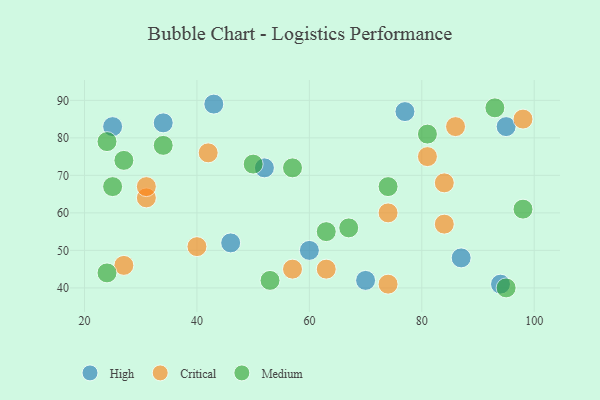
{"axis": {"x": "GDP", "y": "Life Expectancy"}, "legend": ["Critical", "High", "Medium"], "data": [{"x": "87", "y": 48, "type": "High"}, {"x": "52", "y": 72, "type": "High"}, {"x": "25", "y": 83, "type": "High"}, {"x": "46", "y": 52, "type": "High"}, {"x": "77", "y": 87, "type": "High"}, {"x": "94", "y": 41, "type": "High"}, {"x": "43", "y": 89, "type": "High"}, {"x": "60", "y": 50, "type": "High"}, {"x": "70", "y": 42, "type": "High"}, {"x": "95", "y": 83, "type": "High"}, {"x": "34", "y": 84, "type": "High"}, {"x": "74", "y": 41, "type": "Critical"}, {"x": "31", "y": 64, "type": "Critical"}, {"x": "74", "y": 60, "type": "Critical"}, {"x": "81", "y": 75, "type": "Critical"}, {"x": "42", "y": 76, "type": "Critical"}, {"x": "57", "y": 45, "type": "Critical"}, {"x": "31", "y": 67, "type": "Critical"}, {"x": "63", "y": 45, "type": "Critical"}, {"x": "27", "y": 46, "type": "Critical"}, {"x": "84", "y": 57, "type": "Critical"}, {"x": "84", "y": 68, "type": "Critical"}, {"x": "40", "y": 51, "type": "Critical"}, {"x": "86", "y": 83, "type": "Critical"}, {"x": "98", "y": 85, "type": "Critical"}, {"x": "27", "y": 74, "type": "Medium"}, {"x": "74", "y": 67, "type": "Medium"}, {"x": "81", "y": 81, "type": "Medium"}, {"x": "53", "y": 42, "type": "Medium"}, {"x": "25", "y": 67, "type": "Medium"}, {"x": "24", "y": 44, "type": "Medium"}, {"x": "24", "y": 79, "type": "Medium"}, {"x": "98", "y": 61, "type": "Medium"}, {"x": "34", "y": 78, "type": "Medium"}, {"x": "57", "y": 72, "type": "Medium"}, {"x": "67", "y": 56, "type": "Medium"}, {"x": "93", "y": 88, "type": "Medium"}, {"x": "63", "y": 55, "type": "Medium"}, {"x": "50", "y": 73, "type": "Medium"}, {"x": "95", "y": 40, "type": "Medium"}]}